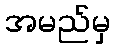
အမည်မှ